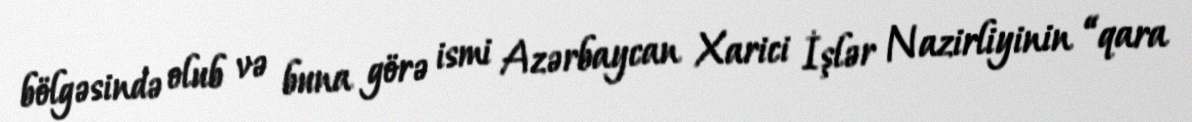
bölgəsində olub və buna görə ismi Azərbaycan Xarici İşlər Nazirliyinin “qara